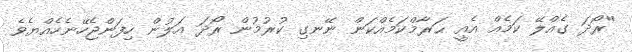
''ރޯދަ ގެއްލޭ ކަމެއް އެއީ ޙަރާމްކަމެއްކަން ނޭނގި ކުރުމުން ރޯދަ އަލުން ހިފަންޖެހޭނެހެއްޔެވެ